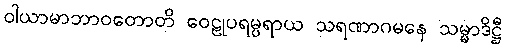
ဝါယာမာဘာဝတောတိ ဝေဠုပရမ္ပရာယ သရဏာဂမနေ သမ္မာဒိဋ္ဌီ